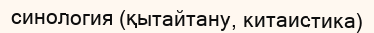
синология (қытайтану, китаистика)